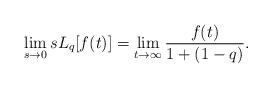
LaTeX: \begin{align*} \lim_{s \rightarrow 0} s L_{q} [f(t)] = \lim_{t \rightarrow \infty} \frac{f(t)}{1+(1-q)}. \end{align*}